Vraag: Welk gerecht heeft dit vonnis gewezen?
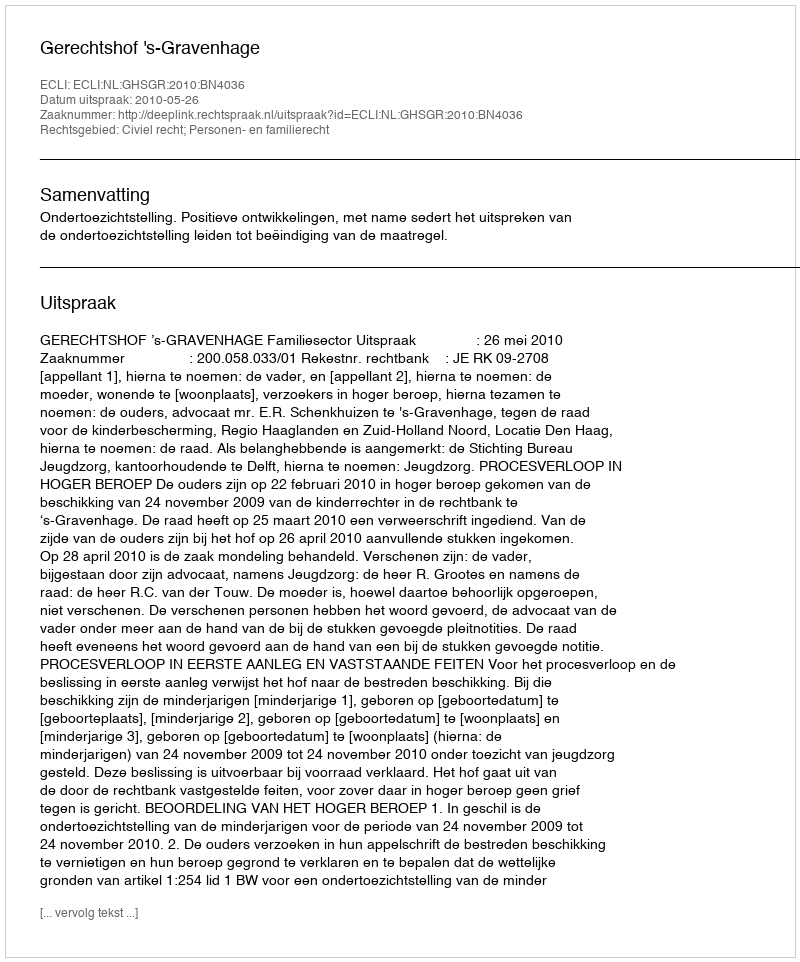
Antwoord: Gerechtshof 's-Gravenhage